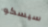
سيسكو